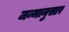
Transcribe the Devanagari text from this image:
जन्मानुसार